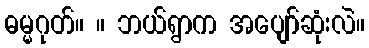
ဓမ္မဂုတ်။ ။ ဘယ်ရွာက အပျော်ဆုံးလဲ။